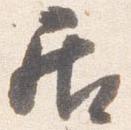
居